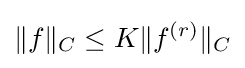
\|f\|_{C}\leq K\|f^{(r)}\|_{C}